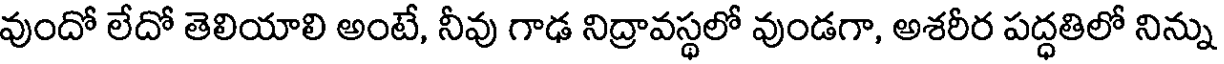
వుందో లేదో తెలియాలి అంటే, నీవు గాఢ నిద్రావస్థలో వుండగా, అశరీర పద్ధతిలో నిన్ను